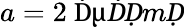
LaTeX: a=2~\textrm Ḋ\textmu ḊḌmḌ